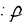
Character: f